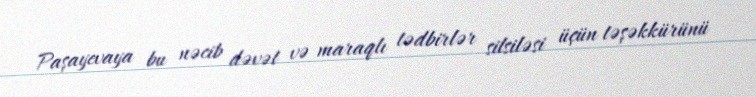
Paşayevaya bu nəcib dəvət və maraqlı tədbirlər silsiləsi üçün təşəkkürünü